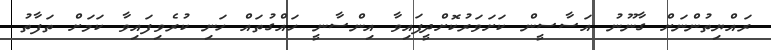
ރައްޔިތުންނަށް ގާނޫނު އަސާސީން ކަށަވަރުކޮށްދީފައިވާ އިންސާނީ ހައްގުތައް ހަނި ކުރެވިފައިވާ ކަމަށް ތަފާތު